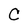
Character: C